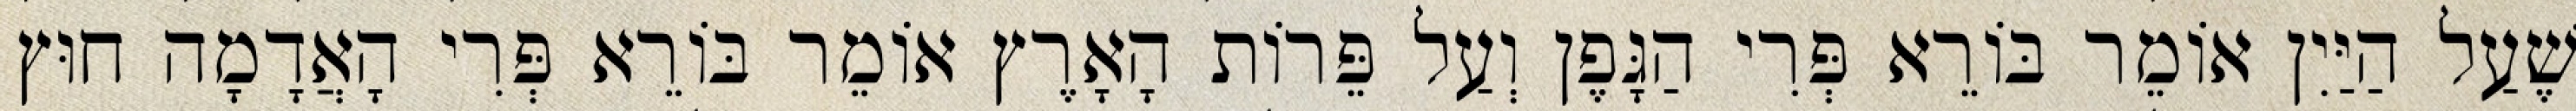
שֶׁעַל הַיַּיִן אוֹמֵר בּוֹרֵא פְּרִי הַגָּפֶן וְעַל פֵּרוֹת הָאָרֶץ אוֹמֵר בּוֹרֵא פְּרִי הָאֲדָמָה חוּץ